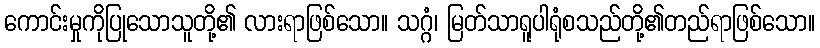
ကောင်းမှုကိုပြုသောသူတို့၏ လားရာဖြစ်သော။ သဂ္ဂံ၊ မြတ်သာရူပါရုံစသည်တို့၏တည်ရာဖြစ်သော။